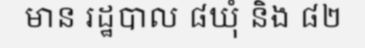
មាន រដ្ឋបាល ៨ឃុំ និង ៨២